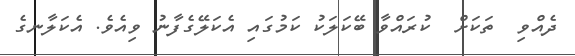
ދެއްވި  ތަކަށް  ކުރައްވާ ބޭކަލަކު ކަމުގައި އެކަލޭގެފާނު ވިއެވެ. އެކަލާނގެ